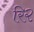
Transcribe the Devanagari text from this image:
रि२